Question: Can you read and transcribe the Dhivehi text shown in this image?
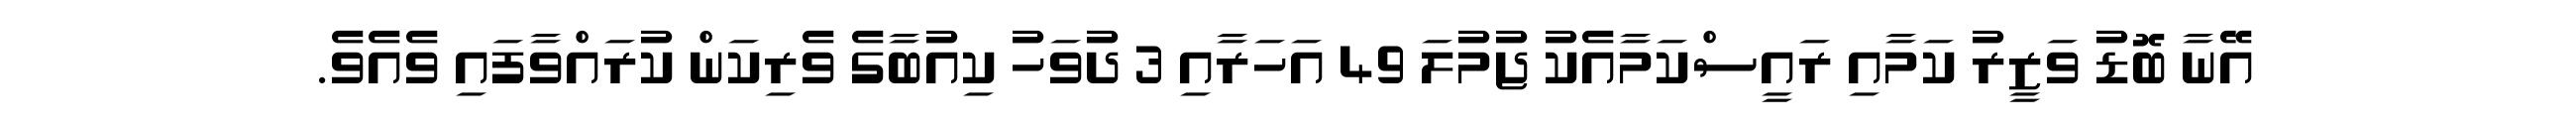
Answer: އޭނާ ބޮޑު ވަޒީރު ކަމާއި ރައީސްކަމާއެކު ޖުމުލަ 49 އަހަރާއި 3 ދުވަހު ކިއުބާގެ ވެރިކަން ކުރައްވާފައި ވެއެވެ.